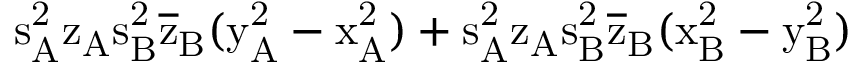
\mathrm { s _ { A } ^ { 2 } \mathrm { z _ { A } \mathrm { s _ { B } ^ { 2 } \mathrm { \overline { { z } } _ { B } ( \mathrm { y _ { A } ^ { 2 } - \mathrm { x _ { A } ^ { 2 } ) + \mathrm { s _ { A } ^ { 2 } \mathrm { z _ { A } \mathrm { s _ { B } ^ { 2 } \mathrm { \overline { { z } } _ { B } ( \mathrm { x _ { B } ^ { 2 } - \mathrm { y _ { B } ^ { 2 } ) } } } } } } } } } } } }